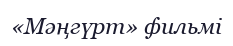
«Мәңгүрт» фильмі